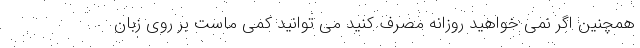
همچنین اگر نمی خواهید روزانه مصرف کنید می توانید کمی ماست بر روی زبان